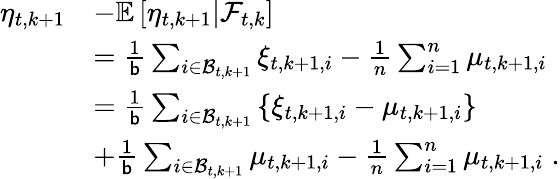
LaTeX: \begin{array}{rl}{\eta_{t,k+1}}&{-\mathbb{E}\left[\eta_{t,k+1}\vert\mathcal{F}_{t,k}\right]}\\ &{=\frac{1}{\mathsf{b}}\sum_{i\in\mathcal{B}_{t,k+1}}\xi_{t,k+1,i}-\frac{1}{n}\sum_{i=1}^{n}\mu_{t,k+1,i}}\\ &{=\frac{1}{\mathsf{b}}\sum_{i\in\mathcal{B}_{t,k+1}}\left\{ \xi_{t,k+1,i}-\mu_{t,k+1,i}\right\} }\\ &{+\frac{1}{\mathsf{b}}\sum_{i\in\mathcal{B}_{t,k+1}}\mu_{t,k+1,i}-\frac{1}{n}\sum_{i=1}^{n}\mu_{t,k+1,i}\; .}\end{array}